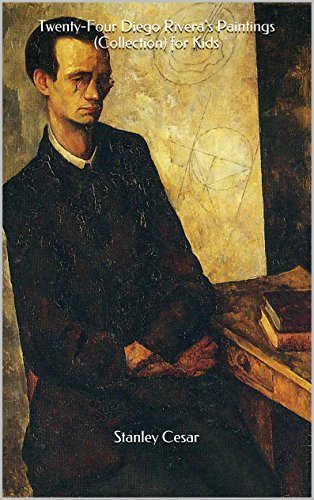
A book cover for Twenty-Four Diego Rivera's Paintings (Collection) for Kids; Stanley Cesar; Sports & Outdoors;